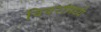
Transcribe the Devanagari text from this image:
विवरांमध्ये